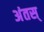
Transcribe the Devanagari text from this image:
अंतस्